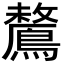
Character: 𪅗